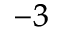
^ { - 3 }